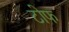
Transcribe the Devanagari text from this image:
टोफ